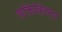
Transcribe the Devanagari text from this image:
शक्तिवितरण